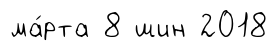
ма́рта 8 шин 2018